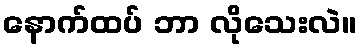
နောက်ထပ် ဘာ လိုသေးလဲ။